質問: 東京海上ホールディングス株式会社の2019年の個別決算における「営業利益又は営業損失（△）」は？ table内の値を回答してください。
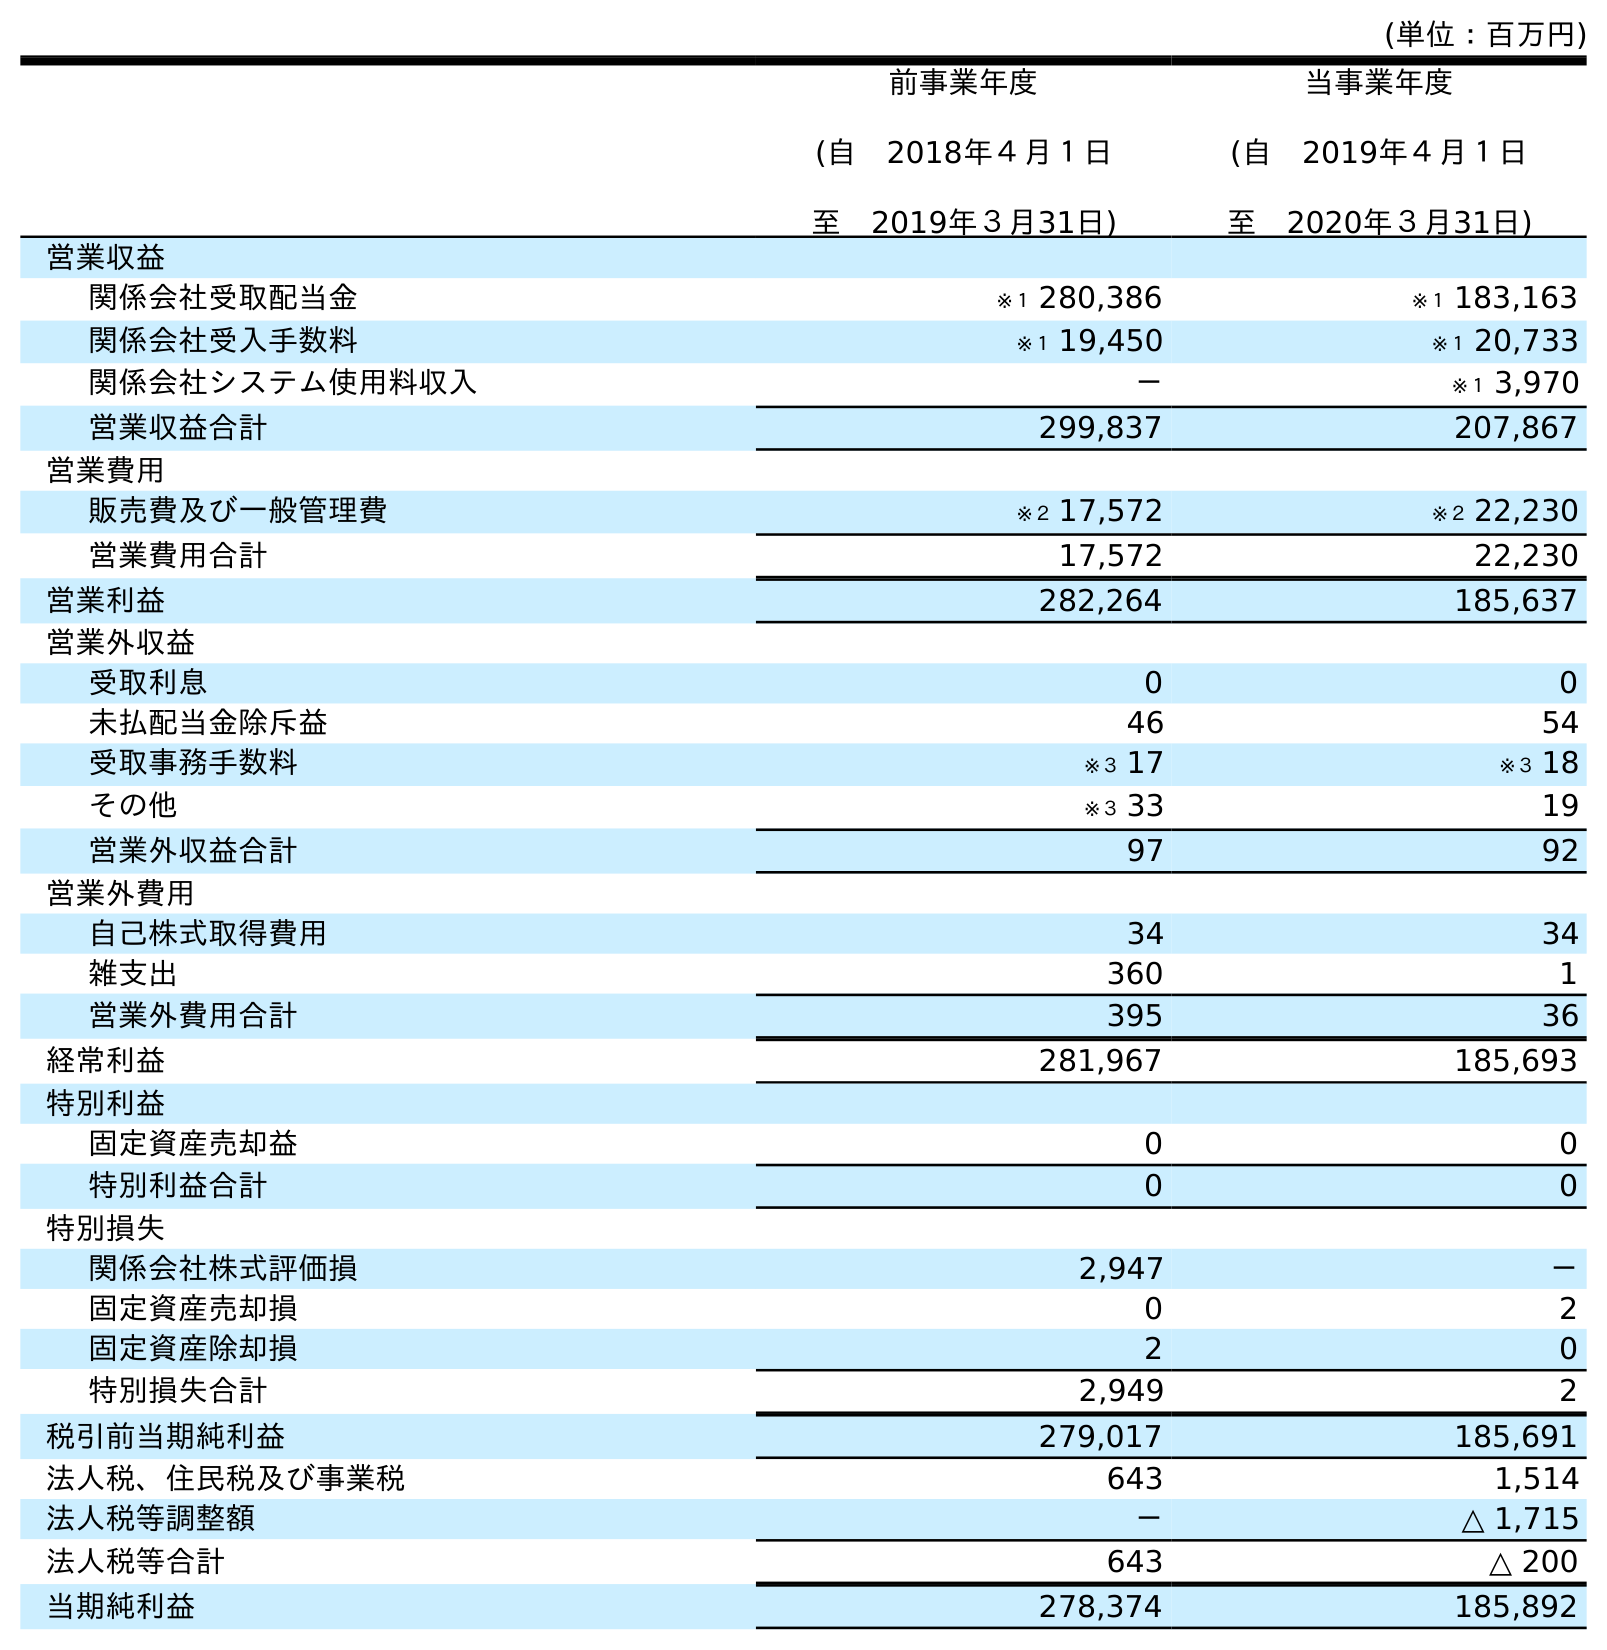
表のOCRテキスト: (単位：百万円) 前事業年度 (自 2018年４月１日 至 2019年３月31日) 当事業年度 (自 2019年４月１日 至 2020年３月31日) 営業収益 関係会社受取配当金 ※１ 280,386 ※１ 183,163 関係会社受入手数料 ※１ 19,450 ※１ 20,733 関係会社システム使用料収入 － ※１ 3,970 営業収益合計 299,837 207,867 営業費用 販売費及び一般管理費 ※２ 17,572 ※２ 22,230 営業費用合計 17,572 22,230 営業利益 282,264 185,637 営業外収益 受取利息 0 0 未払配当金除斥益 46 54 受取事務手数料 ※３ 17 ※３ 18 その他 ※３ 33 19 営業外収益合計 97 92 営業外費用 自己株式取得費用 34 34 雑支出 360 1 営業外費用合計 395 36 経常利益 281,967 185,693 特別利益 固定資産売却益 0 0 特別利益合計 0 0 特別損失 関係会社株式評価損 2,947 － 固定資産売却損 0 2 固定資産除却損 2 0 特別損失合計 2,949 2 税引前当期純利益 279,017 185,691 法人税、住民税及び事業税 643 1,514 法人税等調整額 － △ 1,715 法人税等合計 643 △ 200 当期純利益 278,374 185,892
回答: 282,264